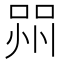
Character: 喌